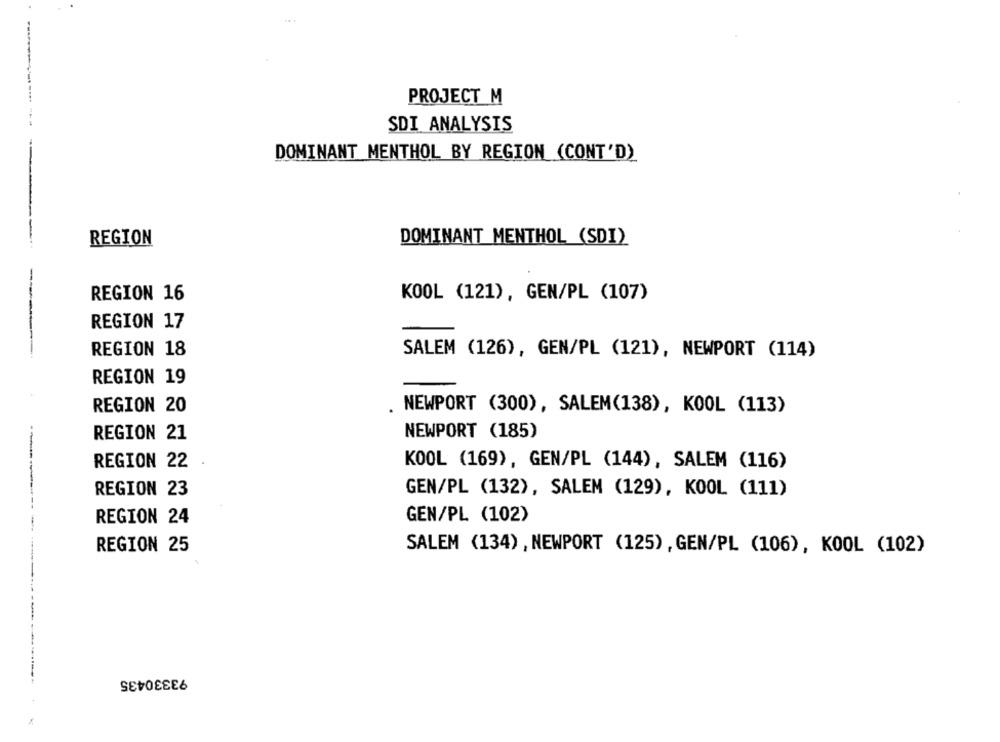
PROJECT M
SDI ANALYSIS
DOMINANT MENTHOL BY REGION (CONT'D)
--
REGION
DOMINANT MENTHOL (SDI)
REGION 16
KOOL (121), GEN/PL (107)
REGION 17
REGION 18
SALEM (126), GEN/PL (121), NEWPORT (114)
REGION 19
REGION 20
NEWPORT (300), SALEM(138), KOOL (113)
REGION 21
NEWPORT (185)
REGION 22
KOOL (169), GEN/PL (144), SALEM (116)
REGION 23
GEN/PL (132), SALEM (129), KOOL (111)
REGION 24
GEN/PL (102)
REGION 25
SALEM (134) , NEWPORT (125) , GEN/PL (106), KOOL (102)
93330435